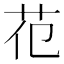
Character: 𦬳